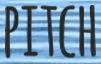
PITCH